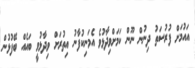
އައުމަށް ފުރުސަތު ދިނުން ނޫން ކަމަށްވިދާޅުވެ އެމަނިކުފާނު އިތުރަށް ވިދާޅުވީ ބައެއް ބޭފުޅުން